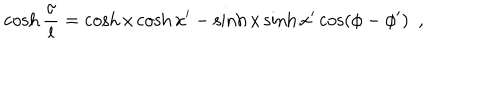
\cosh { \frac { \sigma } { l } } = \cosh x \cosh x ^ { \prime } - \sinh x \sinh x ^ { \prime } \cos ( \phi - \phi ^ { \prime } ) ~ ~ ,